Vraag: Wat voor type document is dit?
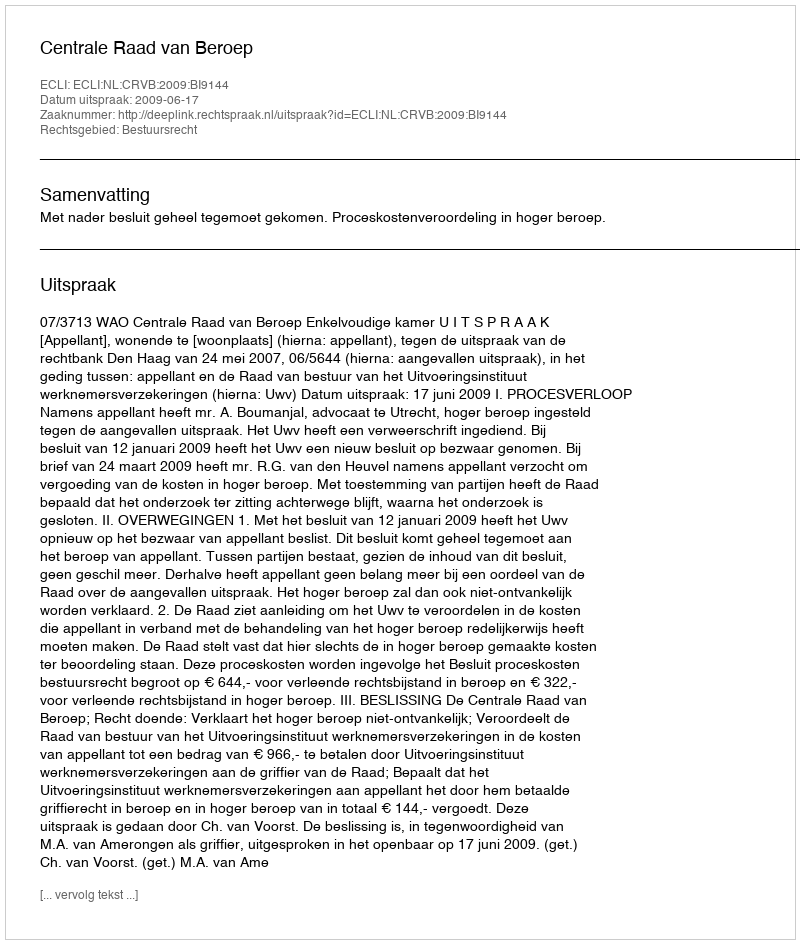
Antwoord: Uitspraak